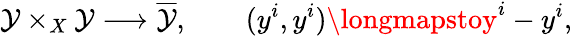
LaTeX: \mathcal{Y}\times_{X}\mathcal{Y}\longrightarrow{\overline{{{\mathcal{Y}}}}},\qquad(y^{i},y^{i})\longmapstoy^{i}-y^{i},